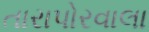
તારાપોરવાલા